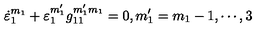
\dot { \varepsilon } _ { 1 } ^ { m _ { 1 } } + \varepsilon _ { 1 } ^ { m _ { 1 } ^ { \prime } } g _ { 1 1 } ^ { m _ { 1 } ^ { \prime } m _ { 1 } } = 0 , m _ { 1 } ^ { \prime } = m _ { 1 } - 1 , \cdots , 3